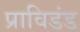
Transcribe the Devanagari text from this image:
प्राविडंड